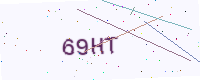
Text: 69HT